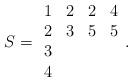
LaTeX: \begin{align*}S=\begin{array}{cccc}1&2&2&4\\2&3&5&5\\3&&&\\4\end{array}.\end{align*}